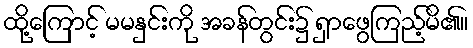
ထို့ကြောင့် မမနှင်းကို အခန်တွင်း၌ ရှာဖွေကြည့်မိ၏။